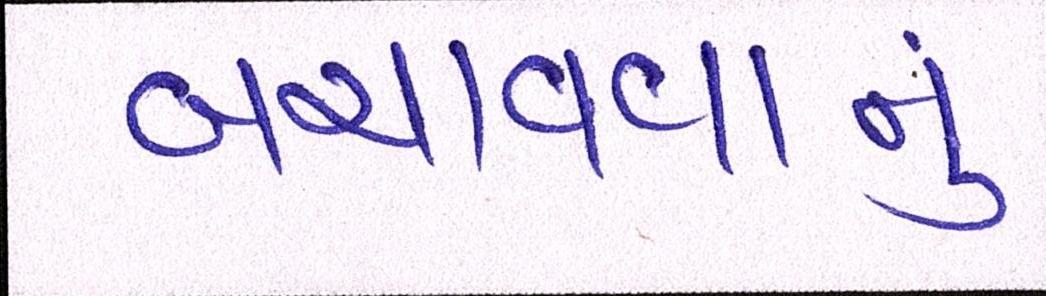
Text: બચાવવાનું